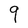
Character: q